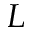
L